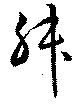
升